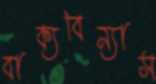
বাক্যবিন্যাস